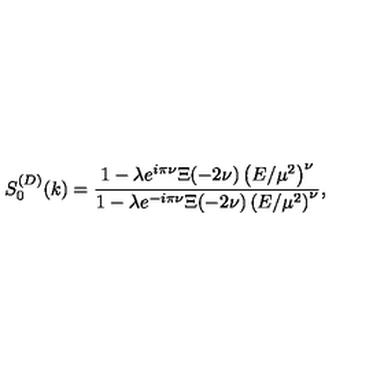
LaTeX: S _ { 0 } ^ { ( D ) } ( k ) = \frac { 1 - \lambda e ^ { i \pi \nu } \Xi ( - 2 \nu ) \left( E / \mu ^ { 2 } \right) ^ { \nu } } { 1 - \lambda e ^ { - i \pi \nu } \Xi ( - 2 \nu ) \left( E / \mu ^ { 2 } \right) ^ { \nu } } ,